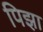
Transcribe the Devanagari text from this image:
पिझा